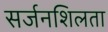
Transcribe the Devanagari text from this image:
सर्जनशिलता